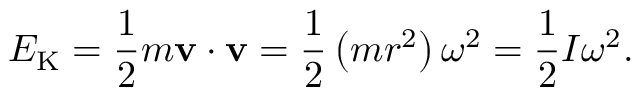
E _ { \mathrm { K } } = { \frac { 1 } { 2 } } m \mathbf { v } \cdot \mathbf { v } = { \frac { 1 } { 2 } } \left( m r ^ { 2 } \right) \omega ^ { 2 } = { \frac { 1 } { 2 } } I \omega ^ { 2 } .